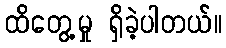
ထိတွေ့မှု ရှိခဲ့ပါတယ်။